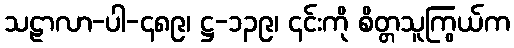
သဠာလာ-ပါ-၄၈၉၊ ဋ္ဌ-၁၃၉၊ ၎င်းကို စိတ္တသူကြွယ်က